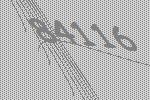
84116